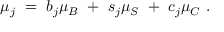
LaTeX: \mu _ { j } ~ = ~ b _ { j } \mu _ { B } ~ + ~ s _ { j } \mu _ { S } ~ + ~ c _ { j } \mu _ { C } ~ .